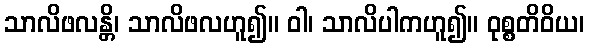
သာလိဖလန္တိ၊ သာလိဖလဟူ၍။ ဝါ၊ သာလိပါကဟူ၍။ ဝုစ္စတိဝိယ၊